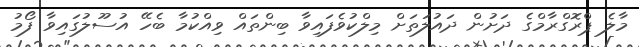
މާލެ ޕްރޮގްރާމްގެ ދަށުން ދައުލަތަށް މިލްކުވެފައިވާ ބިންތައް ވިއްކުމާ ބެހޭ އުސޫލުގައިވާ ފޯމު